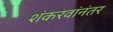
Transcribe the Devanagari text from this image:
शंकरवांनंतर